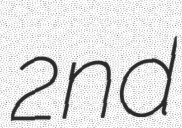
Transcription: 2nd